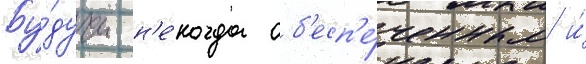
Бу́дучи н'е́когда об'есп'е́ченным и́